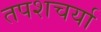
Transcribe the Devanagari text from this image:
तपशचर्या